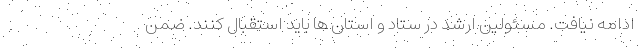
ادامه نیافت. مسئولین ارشد در ستاد و استان ها باید استقبال کنند. ضمن